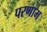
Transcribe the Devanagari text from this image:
परणाम